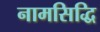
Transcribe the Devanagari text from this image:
नामसिद्धि